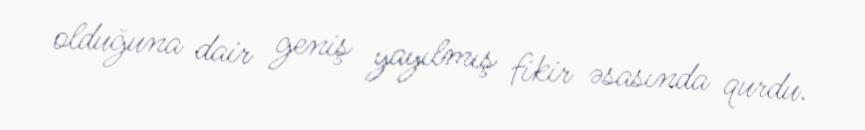
olduğuna dair geniş yayılmış fikir əsasında qurdu.